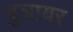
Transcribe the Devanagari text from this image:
बुशायर